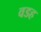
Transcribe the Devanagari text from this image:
वडह